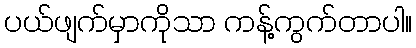
ပယ်ဖျက်မှာကိုသာ ကန့်ကွက်တာပါ။